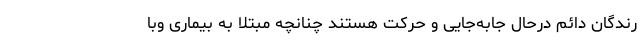
رندگان دائم درحال جابه‌جایی و حرکت هستند چنانچه مبتلا به بیماری وبا